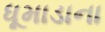
ધૂમાડાના